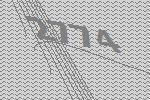
2774